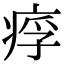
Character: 𤶖